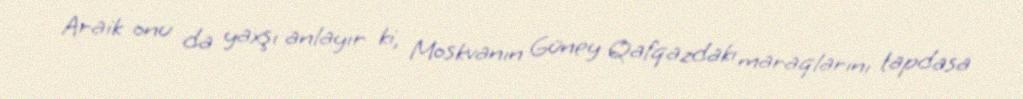
Araik onu da yaxşı anlayır ki, Moskvanın Güney Qafqazdakı maraqlarını tapdasa